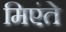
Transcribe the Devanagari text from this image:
मिएंते